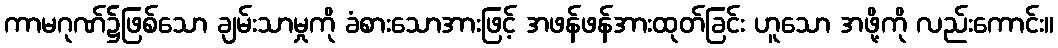
ကာမဂုဏ်၌ဖြစ်သော ချမ်းသာမှုကို ခံစားသောအားဖြင့် အဖန်ဖန်အားထုတ်ခြင်း ဟူသော အဖို့ကို လည်းကောင်း။